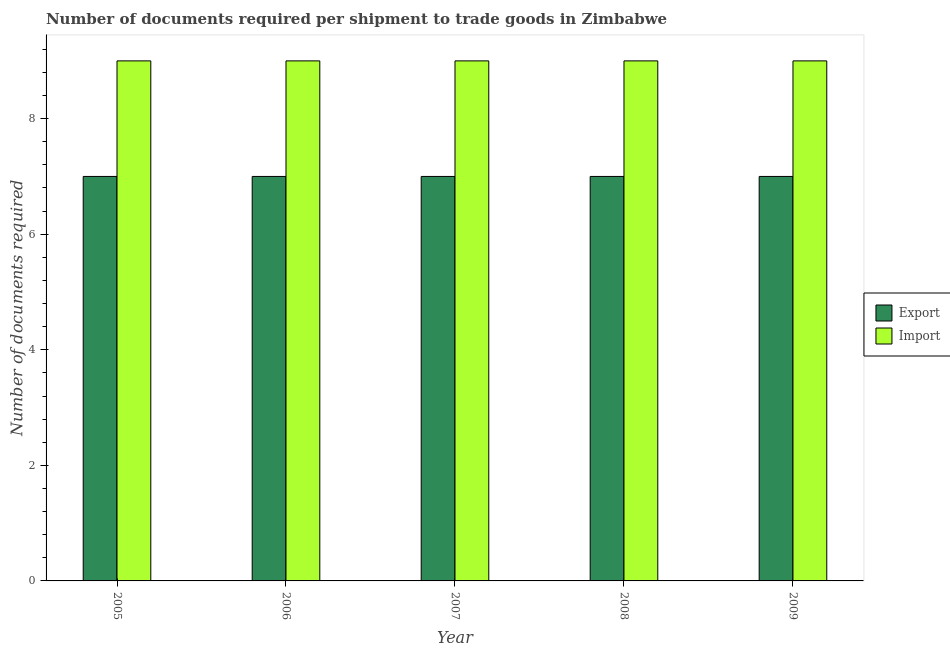
| Year | Export | Import |
 | --- | --- | --- |
 | 2005 | 7 | 9 |
 | 2006 | 7 | 9 |
 | 2007 | 7 | 9 |
 | 2008 | 7 | 9 |
 | 2009 | 7 | 9 |